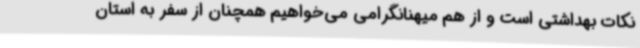
نکات بهداشتی است و از هم میهنانگرامی می‌خواهیم همچنان از سفر به استان